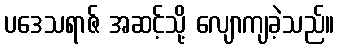
ပဒေသရာဇ် အဆင့်သို့ လျောကျခဲ့သည်။